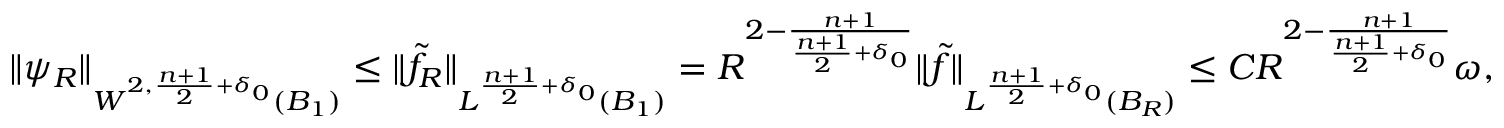
\begin{array} { r } { \| \psi _ { R } \| _ { W ^ { 2 , \frac { n + 1 } { 2 } + \delta _ { 0 } } ( B _ { 1 } ) } \leq \| \tilde { f } _ { R } \| _ { L ^ { \frac { n + 1 } { 2 } + \delta _ { 0 } } ( B _ { 1 } ) } = R ^ { 2 - \frac { n + 1 } { \frac { n + 1 } { 2 } + \delta _ { 0 } } } \| \tilde { f } \| _ { L ^ { \frac { n + 1 } { 2 } + \delta _ { 0 } } ( B _ { R } ) } \leq C R ^ { 2 - \frac { n + 1 } { \frac { n + 1 } { 2 } + \delta _ { 0 } } } \omega , } \end{array}